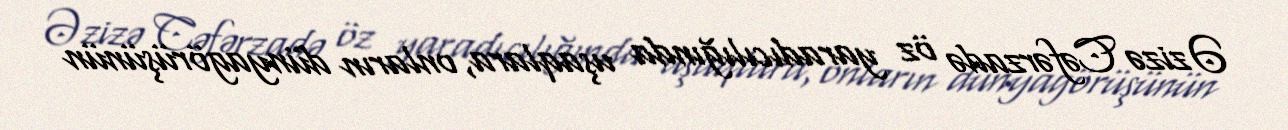
Əzizə Cəfərzadə öz yaradıcılığında uşaqlara, onların dünyagörüşünün